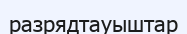
разрядтауыштар